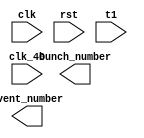
///////////////////////////////////////////////////////////////////////////////////////////////////
// Company: <Name>
//
// File history:
//      <Revision number>: <Date>: <Comments>
//      <Revision number>: <Date>: <Comments>
//      <Revision number>: <Date>: <Comments>
//
// Description: 
//
// <Description here>
//
// Targeted device: <Family::SmartFusion2> <Die::M2S050> <Package::896 FBGA>
//
/////////////////////////////////////////////////////////////////////////////////////////////////// 

module BunchCounter( clk, rst, clk_40, t1, bunch_number, event_number);

    input                           clk;
    input                           rst;
    input                           clk_40;
    input                           t1;
    output      [15:0]              bunch_number;
    output      [23:0]              event_number;
 

    
    always @ (posedge clk or posedge rst)
    begin : STATUS_COUNTER
        if (rst) 
        begin

        end 

    end 
    
 
  
endmodule